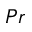
P r